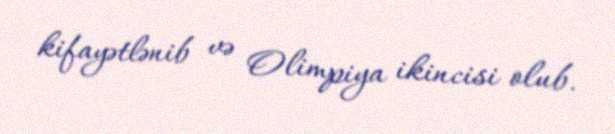
kifayətlənib və Olimpiya ikincisi olub.